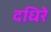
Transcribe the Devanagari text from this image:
दधिरे